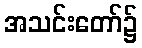
အသင်းတော်၌